Report on vaccination in Madras 1877-1894 - 1877-1894
Year: 1877
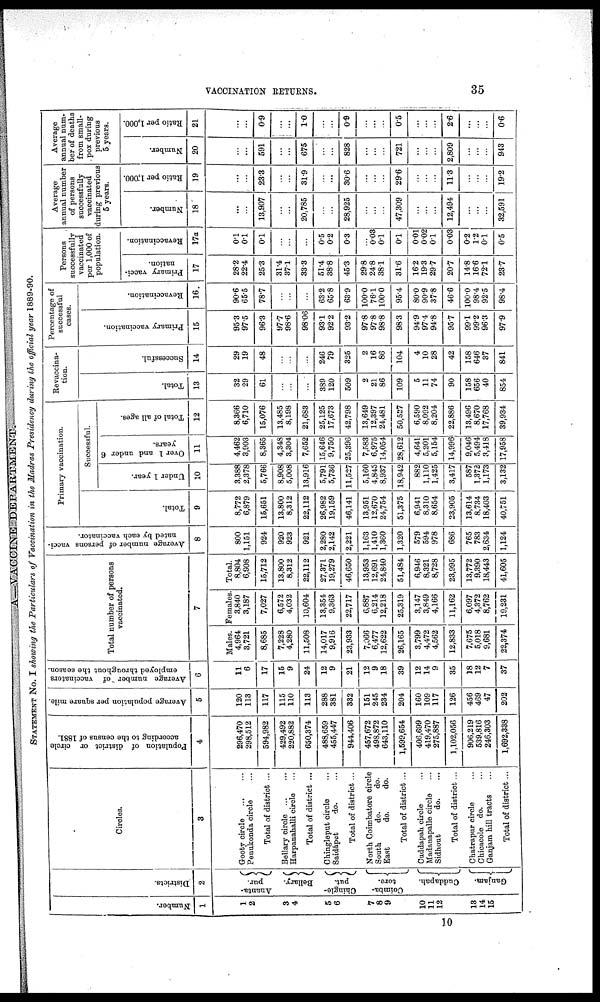
VACCINATION RETURNS.
35
A—VACCINE DEPARTMENT.
STATEMENT No. I showing the Particulars of Vaccination in the Madras Presidency during the official year 1889-90.
Number.
1
1
2
3
4
5
6
7
8
9
10
11
12
13
14
15
Districts.
2
Ananta¬
pur.
Bellary.
Chingle¬
put.
Coimba¬
tore.
Cuddapah.
Ganjam.
Circles.
3
Gooty circle
...
...
Penukonda circle ...
Total of district ...
Bellary circle
...
...
Harpanahalli circle ...
Total of district ...
Chingleput circle ...
Saidápet
do. ...
Total of district...
North Coimbatore circle
South
do.
do.
East
do.
do.
Total of district ...
Cuddapah circle ...
Madanapalle circle ...
Sidhout
do. ...
Total of district...
Chatrapur circle ...
Chicacole do. ...
Ganjam hill tracts ...
Total of district...
Population of district or circle
according to the census of 1881.
4
296,470
298,512
594,982
429,492
220,882
650,374
488,659
455,447
944,406
457,672
498,872
643,110
1,599,654
406,699
419,470
275,887
1,102,056
906,219
539,816
246,303
1,692,338
Average population per square mile.
5
120
113
117
115
110
113
288
381
332
151
245
234
204
160
109
117
126
456
469
47
202
Average number of vaccinators
employed throughout the season.
6
11
6
17
15
9
24
12
9
21
12
9
18
39
12
14
9
35
18
12
7
37
Total number of persons
vaccinated.
7
Males.
4,964
3,721
8,685
7,228
4,280
11,508
14,017
9,916
23,933
7,066
6,477
12,622
26,165
3,799
4,472
4,562
12,833
7,675
5,018
9,681
22,374
Females.
3,840
3,187
7,027
6,572
4,032
10,604
13,354
9,363
22,717
6,887
6,214
12,218
25,319
3,147
3,849
4,166
11,162
6,097
4,372
8,762
19,231
Total.
8,804
6,908
15,712
13,800
8,312
22,112
27,371
19,279
46,650
13,953
12,691
24,840
51,484
6,946
8,321
8,728
23,995
13,772
9,390
18,443
41,605
Average number of persons vacci-
nated by each vaccinator.
8
800
1,151
924
920
923
921
2,280
2,142
2,221
1,163
1,410
1,360
1,320
579
594
978
686
765
783
2,634
1,124
Primary vaccination.
Total.
9
8,772
6,879
15,651
13,800
8,312
22,112
26,982
19,159
46,141
13,951
12,670
24,754
51,375
6,941
8,310
8,654
23,905
13,614
8,734
18,403
40,751
Successful.
Under 1 year.
10
3,388
2,378
5,766
8,908
5,008
13,916
5,791
5,736
11,527
5,160
4,845
8,937
18,942
882
1,110
1,425
3,417
587
1,372
1,173
3,132
Over 1 and under 6
years.
11
4,462
3,903
8,365
4,348
3,304
7,652
15,646
9,750
25,396
7,583
6,975
14,054
28,612
4,641
5,201
5,154
14,996
9,046
5,494
3,418
17,958
Total of all ages.
12
8,366
6,710
15,076
13,485
8,198
21,683
25,125
17,673
42,798
13,649
12,397
24,481
50,527
6,590
8,092
8,204
22,886
13,496
8,670
17,768
39,934
Revaccina-
tion.
Total.
13
32
29
61
...
...
...
389
120
509
2
21
86
109
5
11
74
90
158
656
40
854
Successful.
14
29
19
48
...
...
...
246
79
325
2
16
86
104
4
10
28
42
158
646
37
841
Percentage of
successful
cases.
Primary vaccination.
15
95.3
97.5
96.3
97.7
98.6
98.06
93.1
92.2
93.2
97.8
97.8
98.8
98.3
94.9
97.4
94.8
95.7
99.1
99.2
96.3
97.9
Revaccination.
16
90.6
65.5
78.7
...
...
...
63.2
65.8
63.9
100.0
76.1
100.0
95.4
80.0
90.9
37.8
46.6
100.0
98.4
92.5
98.4
Persons
successfully
vaccinated
per 1,000 of
population.
Primary vacci-
nation.
17
28.2
22.4
25.3
31.4
37.1
33.3
51.4
38.8
45.3
29.8
24.8
38.1
31.6
16.2
19.3
29.7
20.7
14.8
16.6
72.1
28.7
Revaccination.
17a
0.1
0.1
0.1
...
...
...
0.5
0.2
0.3
...
0.03
0.1
0.1
0.01
0.02
0.1
0.03
0.2
1.2
0.1
0.5
Average
annual number
of persons
successfully
vaccinated
during previous
5 years.
Number.
18
...
...
13,907
...
...
20,785
...
...
28,925
...
...
...
47,309
...
...
...
12,494
...
...
...
32,591
Ratio per 1,000.
19
...
...
23.3
...
...
31.9
...
...
30.6
...
...
...
29.6
...
...
...
11.3
...
...
...
19.2
Average
annual num-
ber of deaths
from small¬
pox during
previous
5 years.
Number.
20
...
...
591
...
...
675
...
...
828
...
...
...
721
...
...
...
2,809
...
...
...
943
Ratio per 1,000.
21
...
...
0.9
...
...
1.0
...
...
0.9
...
...
...
0.5
...
...
...
2.6
...
...
...
0.6
10